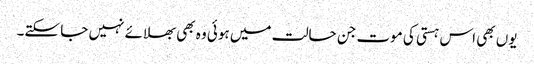
یوں بھی اس ہستی کی موت جن حالت میں ہوئی وہ بھی بھلائے نہیں جا سکتے۔